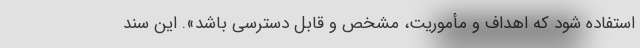
استفاده شود که اهداف و مأموریت، مشخص و قابل دسترسی باشد». این سند